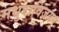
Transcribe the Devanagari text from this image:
मधुराविजयम्